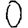
Digit: 0